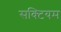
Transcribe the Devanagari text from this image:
सक्टियम